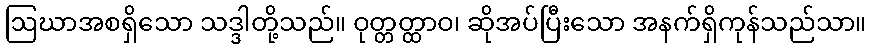
ဩဃာအစရှိသော သဒ္ဒါတို့သည်။ ဝုတ္တတ္ထာဝ၊ ဆိုအပ်ပြီးသော အနက်ရှိကုန်သည်သာ။